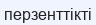
перзенттікті